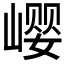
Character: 𪩎